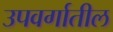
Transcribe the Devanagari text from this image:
उपवर्गातील